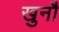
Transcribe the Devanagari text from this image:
खुनौ